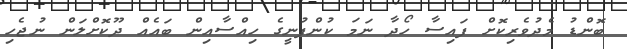
ބޮންޑު މެދުވެރިކޮށް ފައިސާ ހޯދާ ނަމަ ކުންފުނީގެ ހިއްސާއިން ބައެއް ދޫކޮށްލަން ނުޖެހި